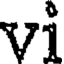
vi